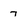
Character: 7